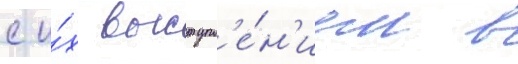
с и́х выступл'е́н'ием в